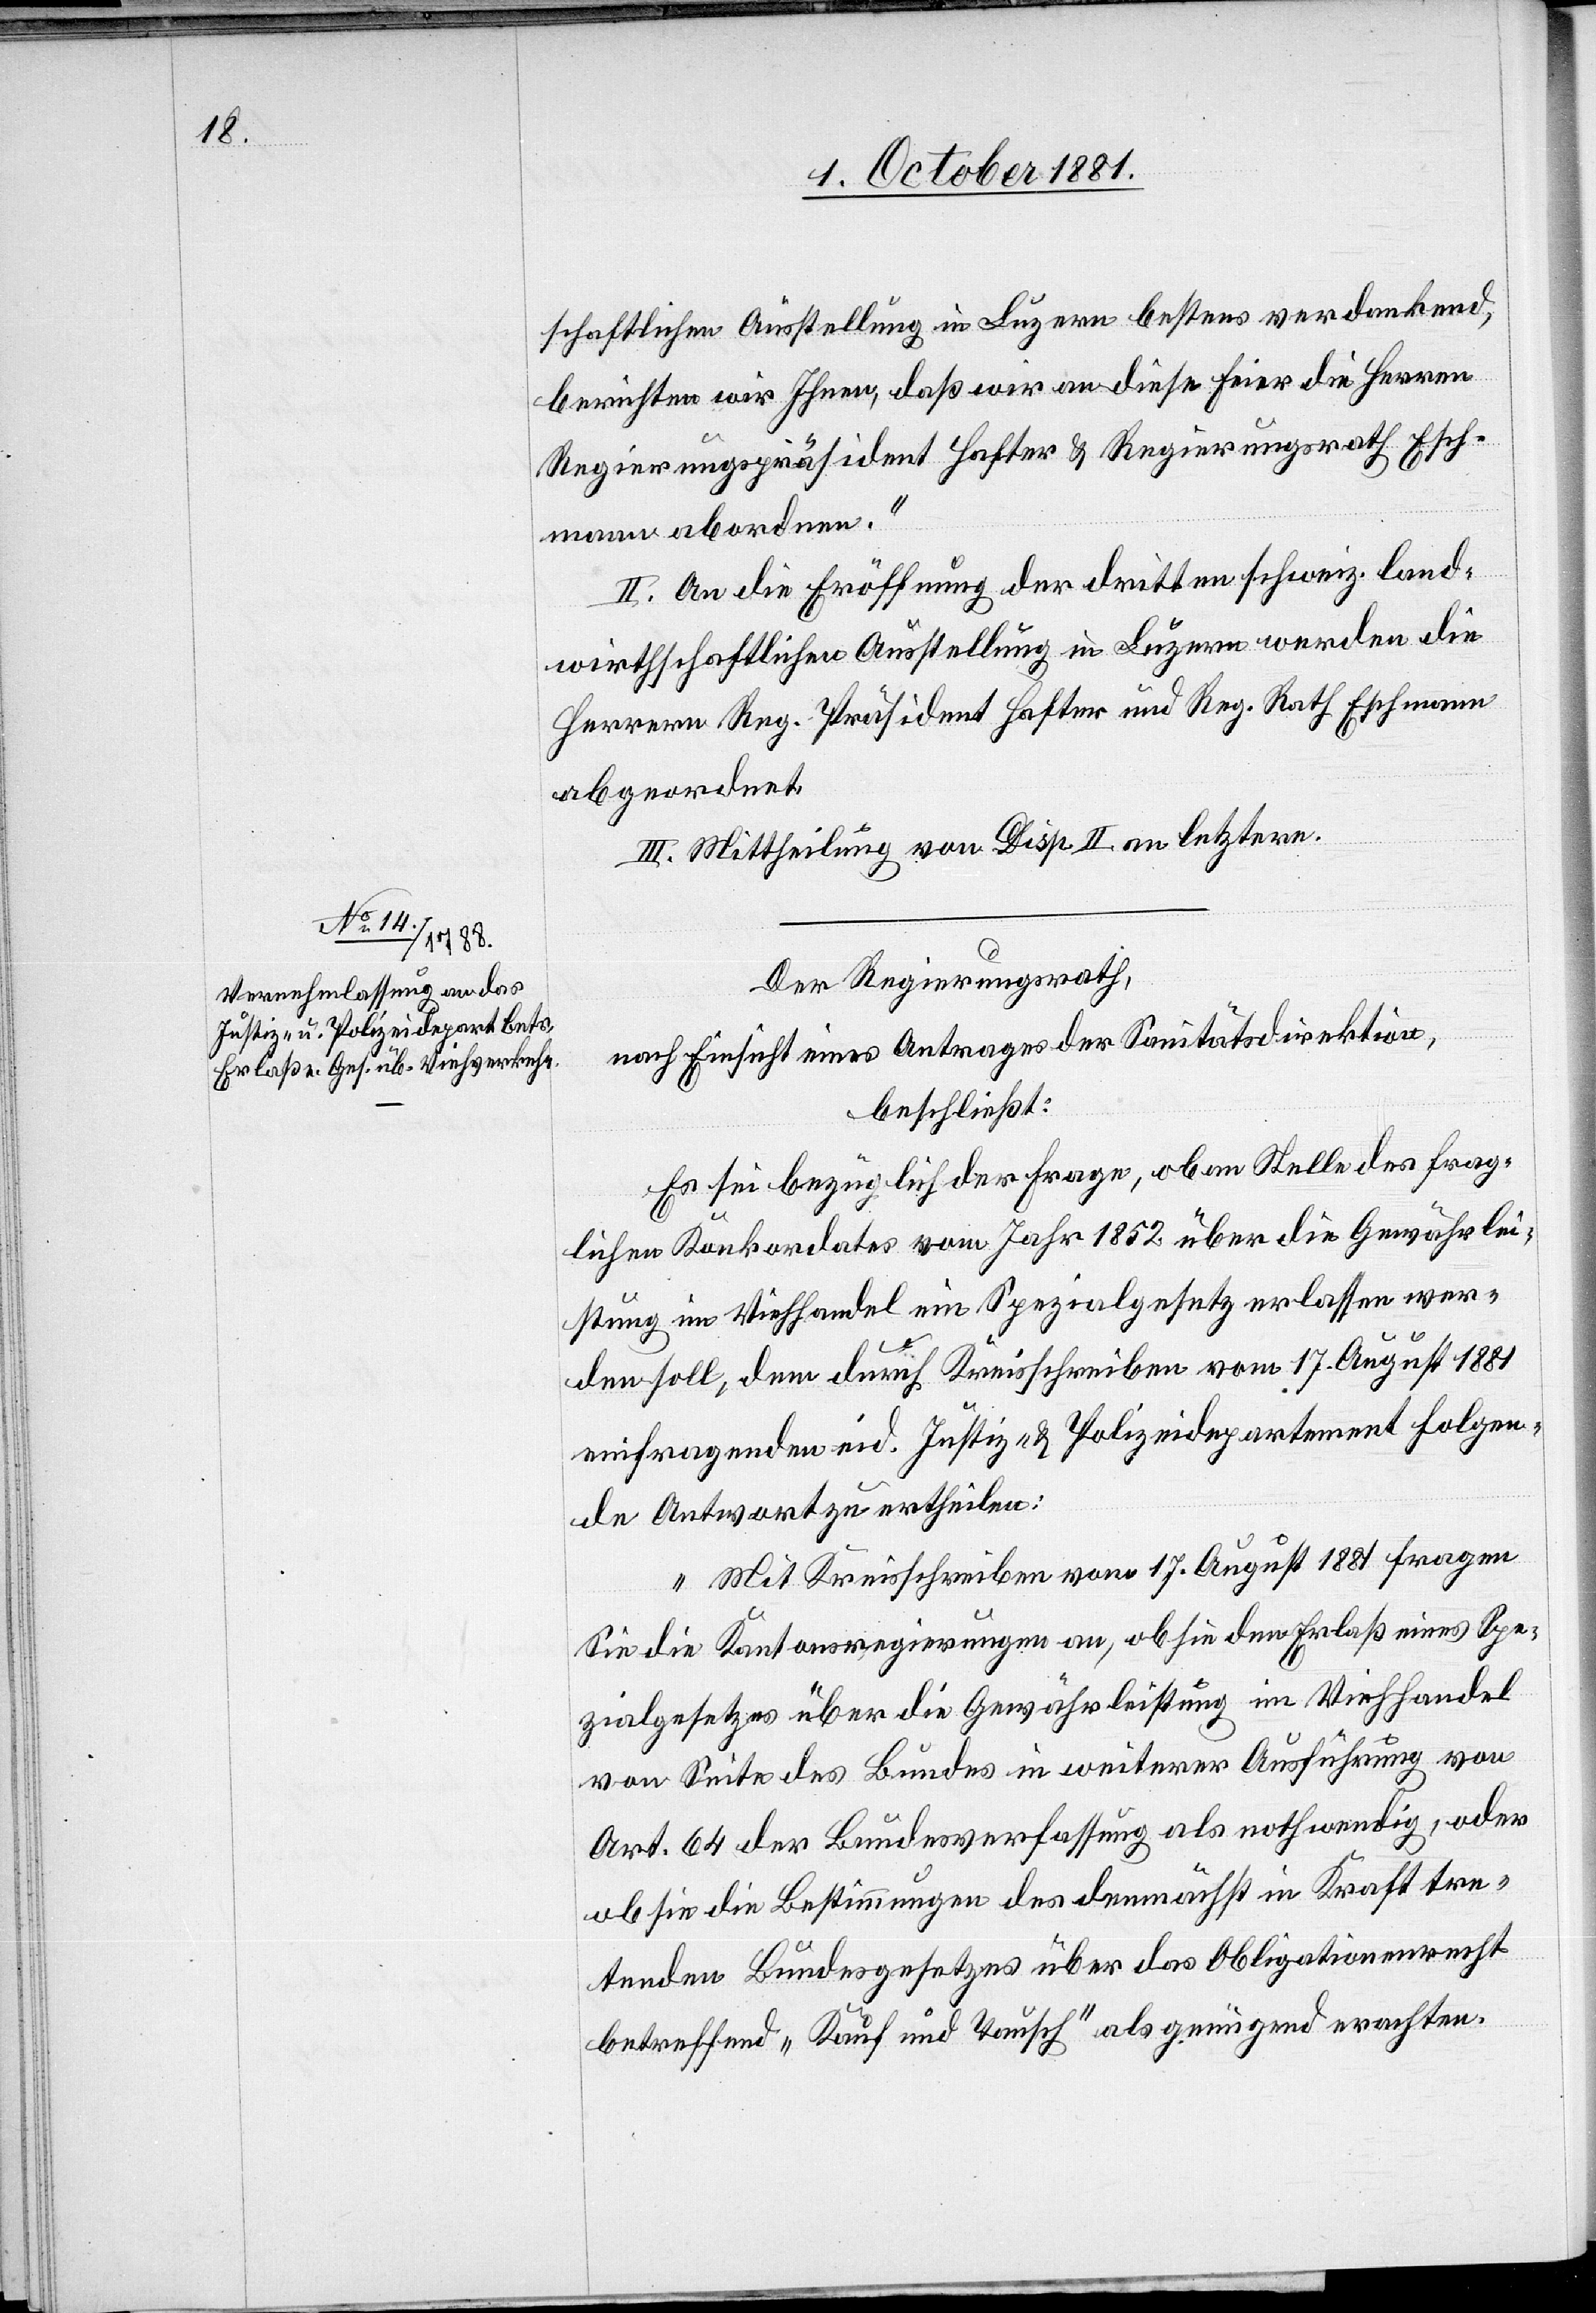
schaftlichen Ausstellung in Luzern bestens verdankend,
berichten wir Ihnen, daß wir an diese Feier die Herren
Regierungspräsident Hafter & Regierungsrath Esch¬
mann abordnen.“
II. An die Eröffnung der dritten schweiz. land¬
wirthschaftlichen Ausstellung in Luzern werden die
Herren Reg. Präsident Hafter und Reg. Rath Eschmann
abgeordnet.
III. Mittheilung von Disp. II. an letztere.
Der Regierungsrath,
nach Einsicht eines Antrages der Sanitätsdirektion,
beschließt:
Es sei bezüglich der Frage, ob an Stelle des frag¬
lichen Konkordates vom Jahr 1852 über die Gewährlei¬
stung im Viehhandel ein Spezialgesetz erlassen wer¬
den soll, dem durch Kreisschreiben vom 17. August 1881
einfragenden eid. Justiz-& Polizeidepartement folgen¬
de Antwort zu ertheilen:
„Mit Kreisschreiben vom 17. August 1881 fragen
Sie die Kantonsregierungen an, ob sie den Erlaß eines Spe¬
zialgesetzes über die Gewährleistung im Viehhandel
von Seite des Bundes in weiterer Ausführung von
Art. 64 der Bundesverfassung als nothwendig, oder
ob Sie die Bestimmungen des demnächst in Kraft tre¬
tenden Bundesgesetzes über das Obligationenrecht
betreffend „Kauf und Tausch“ als genügend erachten.